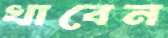
খাবেন